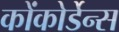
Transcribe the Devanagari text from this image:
कोंकोर्डेन्स